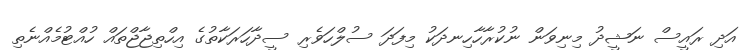
އަދި ރައީސް ނަޝީދު މިނިވަން ނުކުރާހާހިނދަކު މިފަދަ ސުލްހަވެރި ސީދާހަރަކާތުގެ އިހްތިޖާޖްތައް ހުއްޓުމެއްނެތި